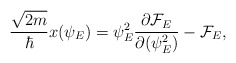
\begin{align*}{\sqrt{2m}\over \hbar} x(\psi_E)={\psi^2_E}{\partial{\cal F}_E\over \partial (\psi^2_E)}-{\cal F}_E,\end{align*}